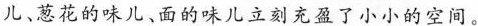
儿双现的味儿、面的味儿立刻充盈子小小的空间。